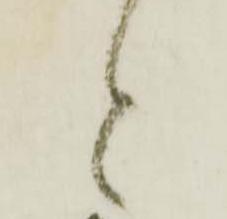
と